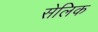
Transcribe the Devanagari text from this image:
सेलिक